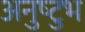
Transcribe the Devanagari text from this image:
अनुष्‍टुभ